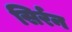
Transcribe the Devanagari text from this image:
सिर्रन